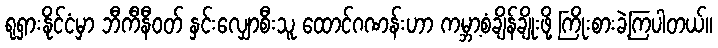
ရုရှားနိုင်ငံမှာ ဘီကီနီဝတ် နှင်းလျှောစီးသူ ထောင်ဂဏန်းဟာ ကမ္ဘာ့စံချိန်ချိုးဖို့ ကြိုးစားခဲ့ကြပါတယ်။